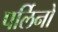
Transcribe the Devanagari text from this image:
पर्लिनों